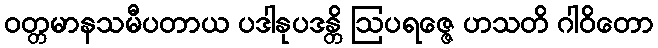
ဝတ္တမာနသမီပတာယ ပဒါနုပဒန္တိ ဩပရဇ္ဇေ ဟသတိ ဂါဝိတော